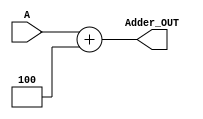
//Adder + 4
module Adder_Plus4(output reg [31:0] Adder_OUT, input[31:0] A);
     always@(A) 
          begin
               Adder_OUT = A + 32'b100;
          end
endmodule